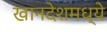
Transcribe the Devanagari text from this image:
खानदेशमध्ये